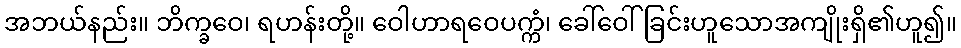
အဘယ်နည်း။ ဘိက္ခဝေ၊ ရဟန်းတို့။ ဝေါဟာရဝေပက္ကံ၊ ခေါ်ဝေါ်ခြင်းဟူသောအကျိုးရှိ၏ဟူ၍။